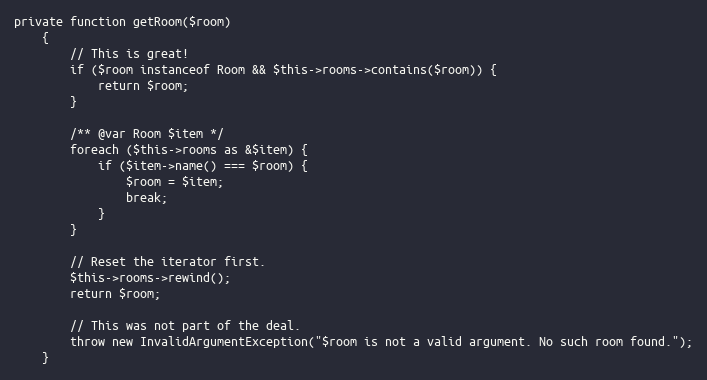
Language: PHP
private function getRoom($room)
    {
        // This is great!
        if ($room instanceof Room && $this->rooms->contains($room)) {
            return $room;
        }

        /** @var Room $item */
        foreach ($this->rooms as &$item) {
            if ($item->name() === $room) {
                $room = $item;
                break;
            }
        }

        // Reset the iterator first.
        $this->rooms->rewind();
        return $room;

        // This was not part of the deal.
        throw new InvalidArgumentException("$room is not a valid argument. No such room found.");
    }